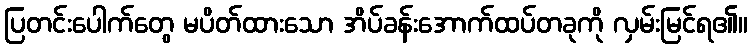
ပြတင်းပေါက်တွေ မပိတ်ထားသော အိပ်ခန်းအောက်ထပ်တခုကို လှမ်းမြင်ရ၏။